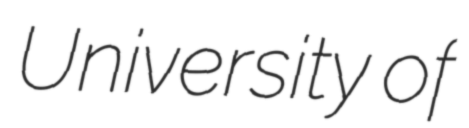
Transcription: University of